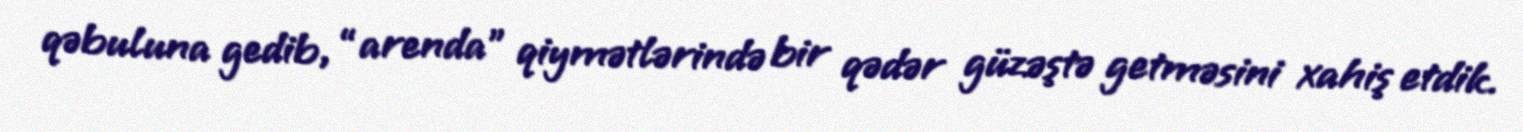
qəbuluna gedib, “arenda” qiymətlərində bir qədər güzəştə getməsini xahiş etdik.